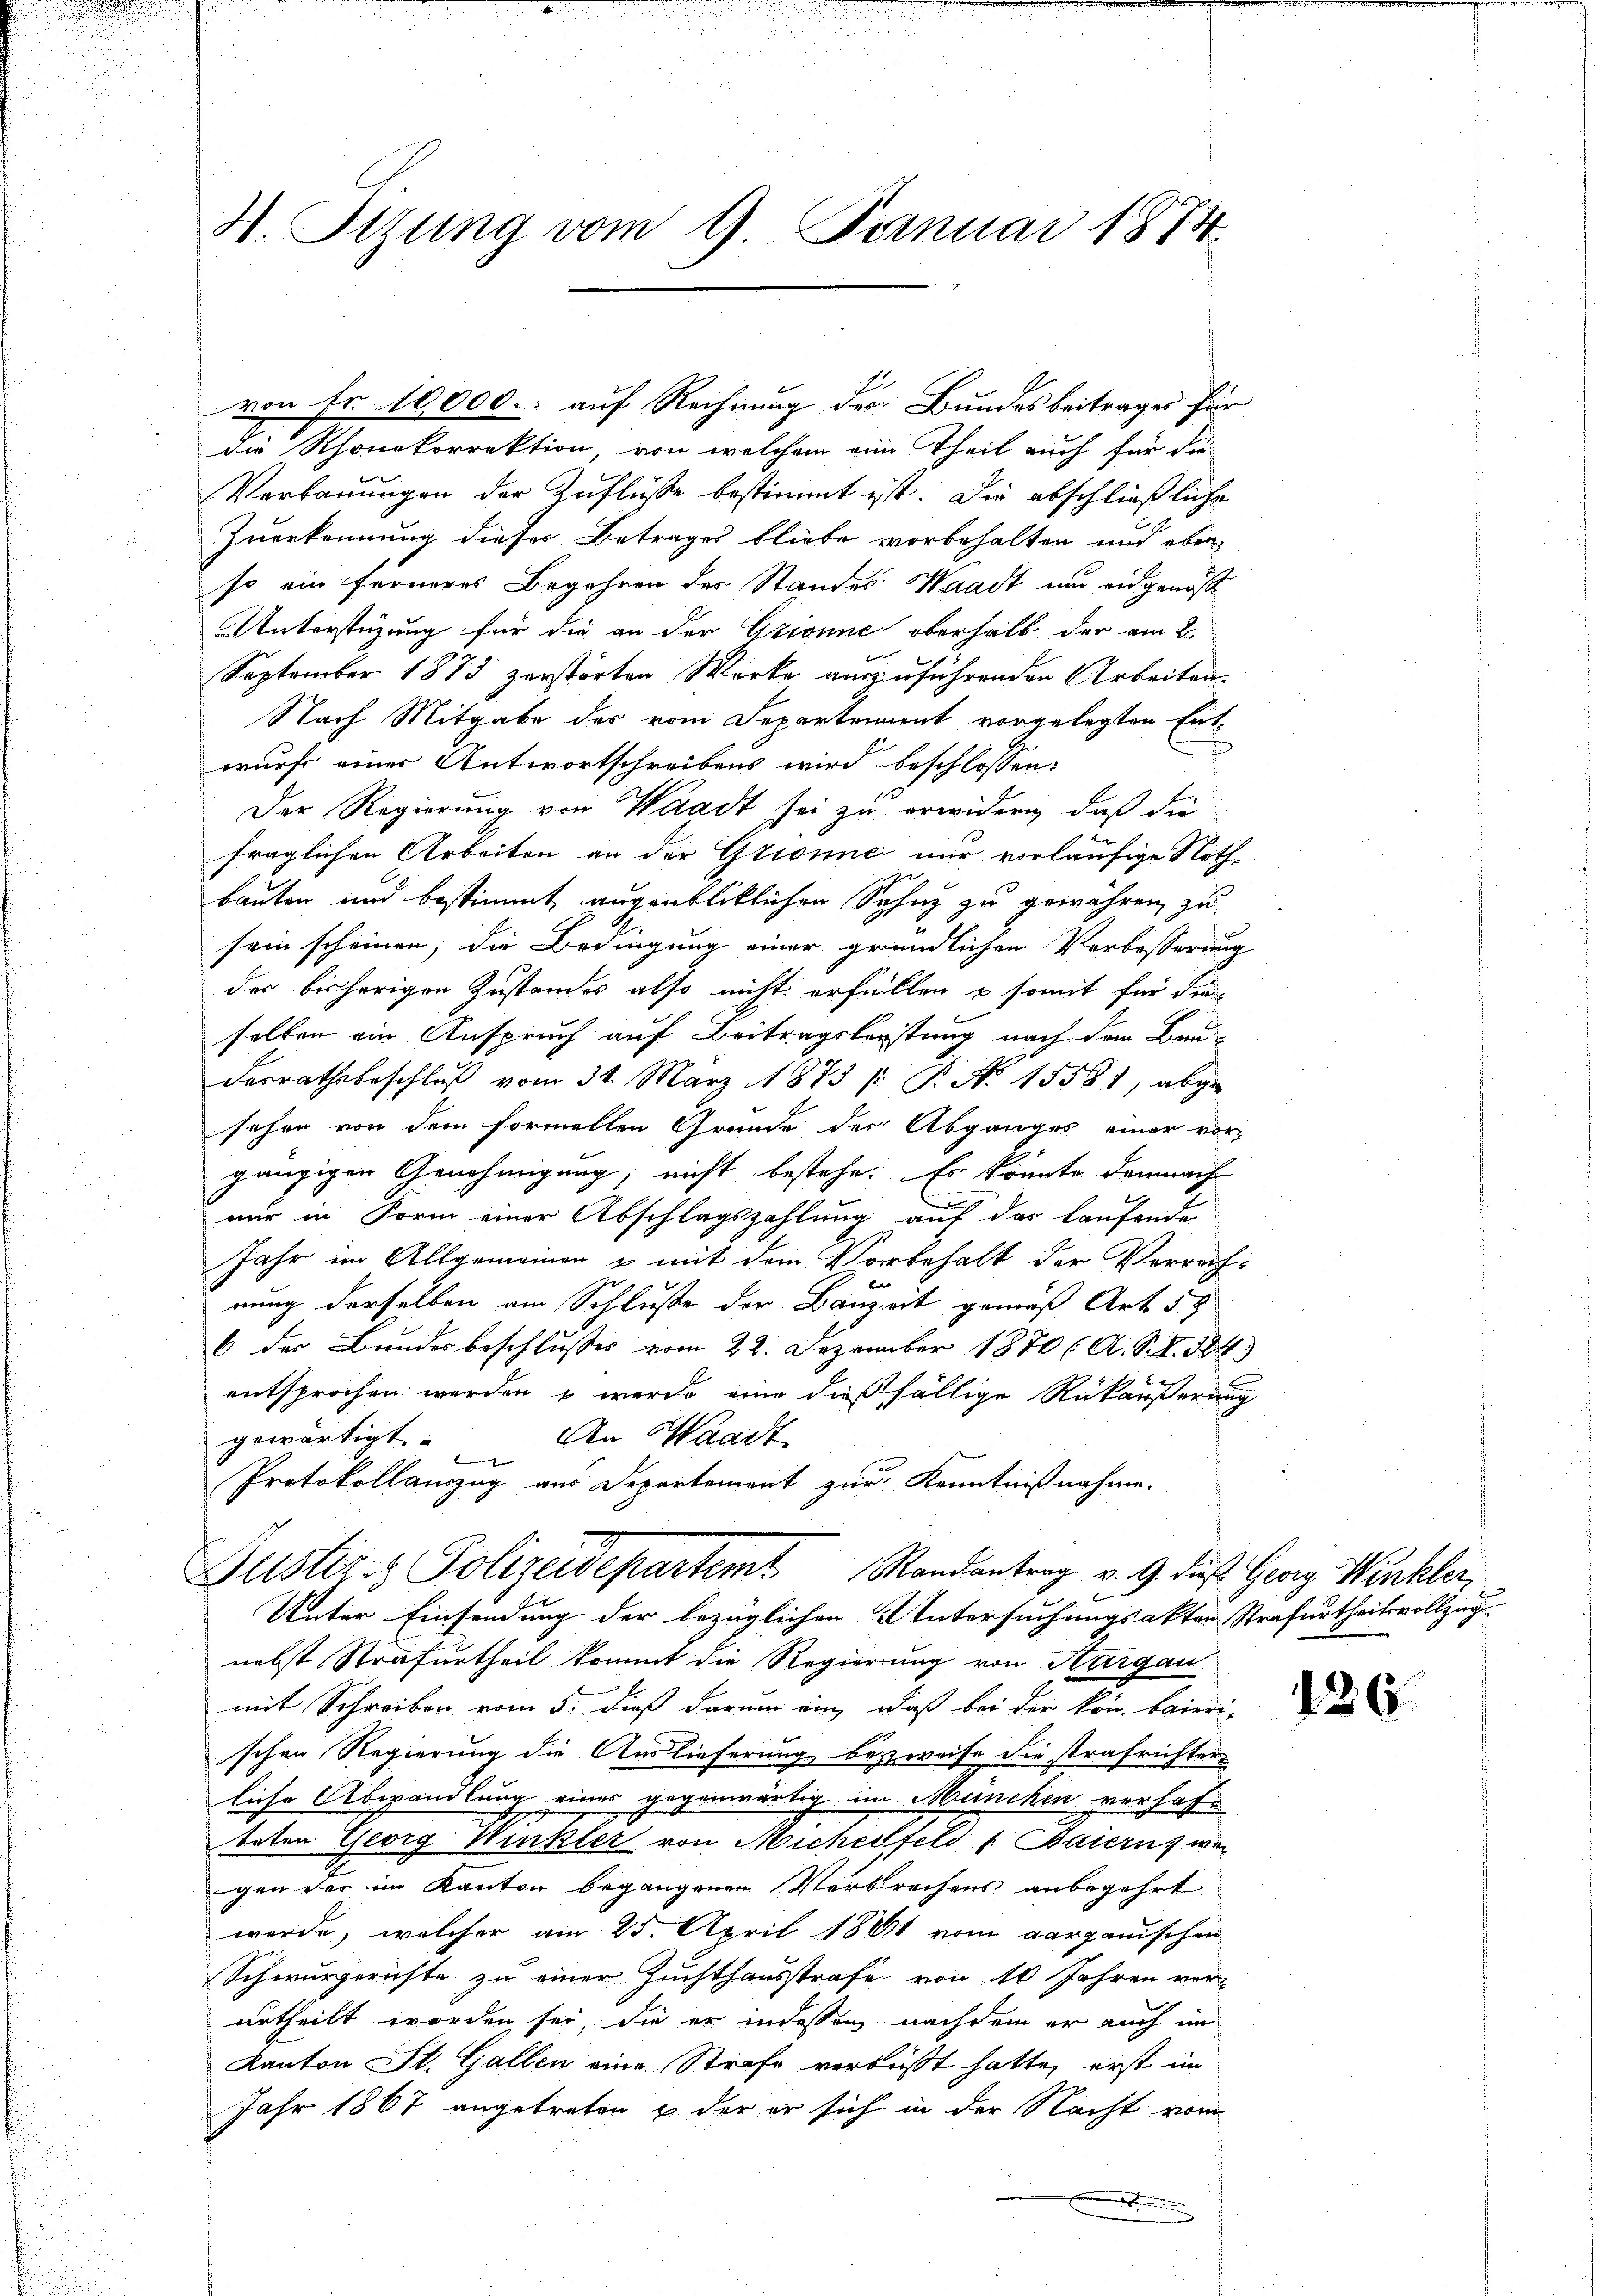
H. Sizung vom 9. Januar 1874.

von Fr. 10000. auf Rechnung der Bundesbeitrages für
die Rhonekorrektion, von welchem eine Theil auch für die
Verbauungen der Zuflüße bestimmt ist. Die abschließliche
Zuerkennung dieses Betrages bliebe vorbehalten und eben
so ein ferneres Begehren des Standes Waadt und eidgenöß
Unterstüzung für die an der Grionne oberhalb der am 2.
September 1873 zerstörten Werke auszuführenden Arbeiten.
Nach Mitgabe des vom Separtement vorgelegten Entwurf einer Antwortschreibens wird beschlossen:
Der Regierung von Waadt sei zu erwidern, daß die
fraglichen Arbeiten an der Glionne nur vorläufige Nothbauten und bestimmt augenblicklichen Sohn zu gewähren, zu
sein scheinen, die Bedingung einer gründlichen Verbesserung
der bisherigen Zustandes also nicht erfüllen & somit für die
salten ein Anspruch auf Beitragslegstung nach dem Bau-
derrathsbeschluß vom 31. März 1873 /: P. Nr. 15581, abge
sehen von dem formellen Grunde der Abganges einer vor-
gängigen Genehmigung, nicht bestehe. Es könnte demnach
nur in Form einer Abschlagszahlung auf das laufende
Jahr im Allgemeinen & mit dem Vorbehalt der Verrech-
t
nung derselben am Schluße der Bauzeit gemäß Art. 58
6 der Bundesbeschlusses vom 22. Dezember 1870 (A. S. R. 34
entsprochen werden, werde eine dießfällige Rückäußerung
An Waadt
gewärtigt.
e
Protokollauszug aus Departement zur Kenntnißnahme.
Justiz- & Polizeidepartem Randantrag v. 9. das Georg Winkler,
x
Unter Einsendung der bezüglichen Untersuchungsakter Strafurtheilsvollzug
nebst Strafurtheil kommt die Regierung von Margau
mit Schreiben vom 5. dieß darum ein, daß bei der kön. baieri-
schen Regierung die Auslieferung bezweise die strafrichter
liche Abhandlung einer gegenwärtig im München verhofbeten Georg Winkler von Micherfeld f Baiern, we
gen der im Kanton begangenen Verbrechens anbegehrt
werde, welcher am 25. April 1881 vom aargauischen
Schwurgerichte zu einer Zuchthausstrafe von 10 Jahren ver-
urtheilt worden sei, die er indessen nachdem er auch im
Kanton St. Gallen eine Strafe verbüßt hatte, erst im
Jahr 1867 angetreten & der er sich in der Nacht vom

126.